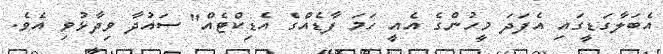
އެބަލާގަޑީގައި އެފަދަ މީހުންގެ އެއީ ހަމަ ފާޑެއްގެ އެޑިކްޓެއް" ސައުދާ ވިދާޅުވި އެވެ.